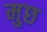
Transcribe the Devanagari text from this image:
मुछ